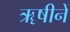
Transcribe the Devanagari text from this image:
ॠषीनें